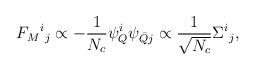
LaTeX: \begin{align*}F_M{}^i{}_j \propto - {1 \over {N_c}} \psi_Q^i \psi_{{\bar Q} j} \propto {1 \over \sqrt{N_c}} \Sigma^i{}_j,\end{align*}